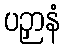
ပဉှာနံ